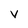
Character: v